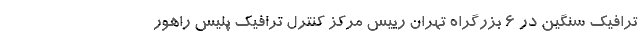
ترافیک سنگین در ۶ بزرگراه تهران رییس مرکز کنترل ترافیک پلیس راهور